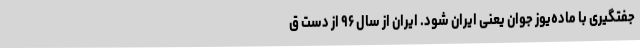
جفتگیری با ماده‌یوز جوان یعنی ایران شود. ایران از سال ۹۶ از دست ق